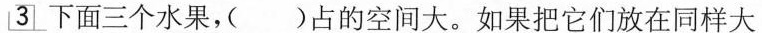
3下面三个水果，( )占的空间大。如果把它们放在同样大